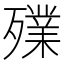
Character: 𣩫